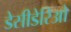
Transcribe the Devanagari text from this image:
डेसीडेरिओ